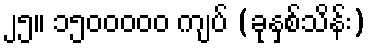
၂၅။ ၁၅၀၀၀၀၀ ကျပ် (ခုနှစ်သိန်း)